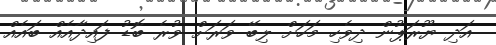
އަދި ޔޫރަޕުން ދިވެހި މަހަށް ލިބޭ ވަރަށް ވުރެ ބޮޑު ފައިދާއެއް ބައެއް